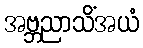
အဗ္ဘညာသိံအယံ